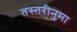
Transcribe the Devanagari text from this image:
तस्तरीनुमा